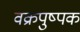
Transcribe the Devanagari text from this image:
वक्रपुष्पक